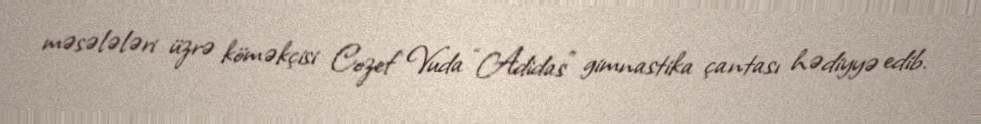
məsələləri üzrə köməkçisi Cozef Vuda “Adidas” gimnastika çantası hədiyyə edib.